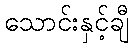
သောင်းနှင့်ချီ